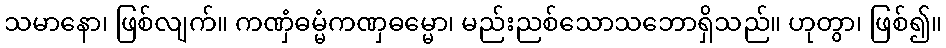
သမာနော၊ ဖြစ်လျက်။ ကဏှံဓမ္မံကဏှဓမ္မော၊ မည်းညစ်သောသဘောရှိသည်။ ဟုတွာ၊ ဖြစ်၍။